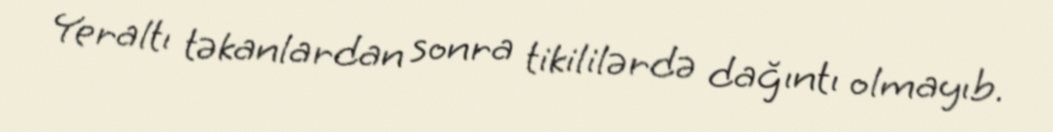
Yeraltı təkanlardan sonra tikililərdə dağıntı olmayıb.